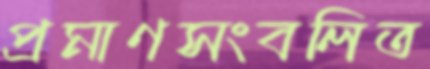
প্রমাণসংবলিত